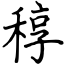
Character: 稕